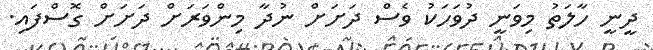
ދީނީ ހާލަތު މިވަނީ ދުވަހަކު ވެސް ދަށަށް ނުދާ މިންވަރަށް ދަށަށް ގޮސްފައި.